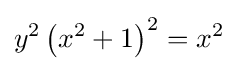
y^{2}\left(x^{2}+1\right)^{2}=x^{2}